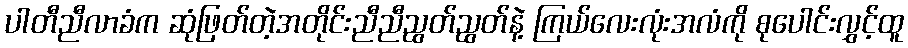
ပါတီညီလာခံက ဆုံဖြတ်တဲ့အတိုင်းညီညီညွတ်ညွတ်နဲ့ ကြယ်လေးလုံးအလံကို စုပေါင်းလွှင့်ထူ